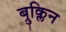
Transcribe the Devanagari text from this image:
ब्रुक्लिन